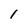
Character: 1